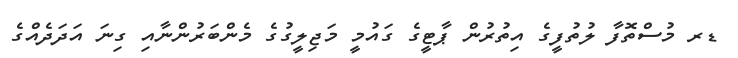
ޑރ މުސްތޮފާ ލުތުފީގެ އިތުރުން ޕާޓީގެ ގައުމީ މަޖިލީގުގެ މެންބަރުންނާއި ގިނަ އަދަދެއްގެ